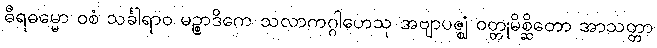
ဓီရဓမ္မော ဝစံ သင်္ခါရာဝ မဉ္စာဒိကေ သလာကဂ္ဂါဟေသု အဗျာပဇ္ဈံ ဝတ္တုမိစ္ဆိတော အာသတ္တာ